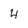
Character: 4